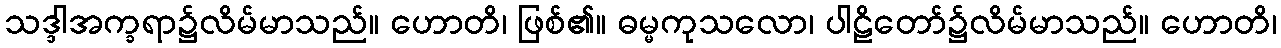
သဒ္ဒါအက္ခရာ၌လိမ်မာသည်။ ဟောတိ၊ ဖြစ်၏။ ဓမ္မကုသလော၊ ပါဠိတော်၌လိမ်မာသည်။ ဟောတိ၊